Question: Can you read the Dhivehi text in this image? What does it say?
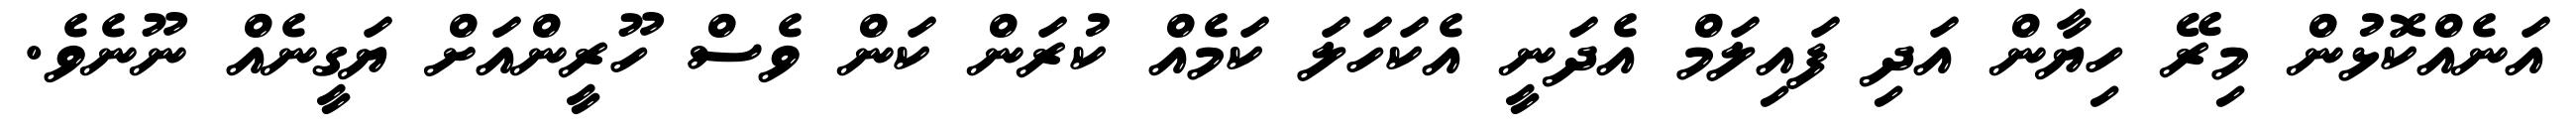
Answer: އަނެއްކޮޅުން މިރޭ ހިޔާން އަދި ފައިލަމް އެދަނީ އެކަހަލަ ކަމެއް ކުރަން ކަން ވެސް ހޫރީންއަށް ޔަގީނެއް ނޫނެވެ.